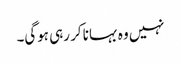
نہیں وہ بہانا کر رہی ہوگی۔